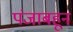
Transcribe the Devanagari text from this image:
पंजाबहून